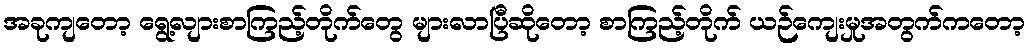
အခုကျတော့ ရွေ့လျားစာကြည့်တိုက်တွေ များလာပြီဆိုတော့ စာကြည့်တိုက် ယဉ်ကျေးမှုအတွက်ကတော့